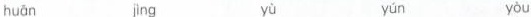
huān jìng yù yún yòu